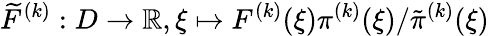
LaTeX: \widetilde{F}^{(k)}:D\to\mathbb{R},\xi\mapsto F^{(k)}(\xi)\pi^{(k)}(\xi)/\tilde{\pi}^{(k)}(\xi)